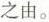
之由。